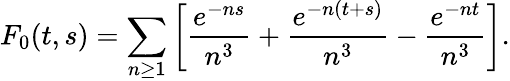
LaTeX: F_{0}(t,s)=\sum_{n\geq 1}\left[{\frac{e^{-ns}}{n^{3}}}+{\frac{e^{-n(t+s)}}{n^{3}}}-{\frac{e^{-nt}}{n^{3}}}\right].